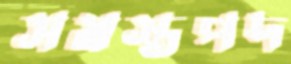
সমস্তপদ